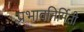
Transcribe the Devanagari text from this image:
प्रभावनिर्मिती